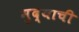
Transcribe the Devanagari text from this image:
मुद्याची